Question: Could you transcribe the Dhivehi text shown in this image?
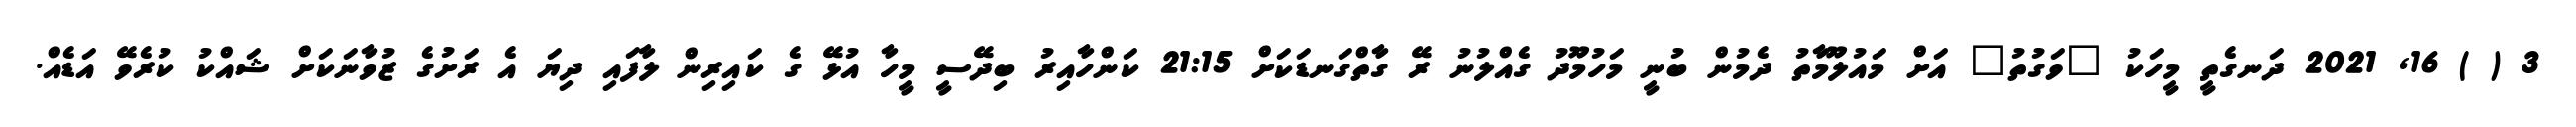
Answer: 3 ( ) 16, 2021 ދަނގެތީ މީހަކު "ވަގުތު" އަށް މައުލޫމާތު ދެމުން ބުނީ މަހުމޫދު ގެއްލުނު ރޭ ގާތްގަނޑަކަށް 21:15 ކަންހާއިރު ބިދޭސީ މީހާ އުޅޭ ގެ ކައިރިން ލާފައި ދިޔަ އެ ރަށުގެ ޒުވާނަކަށް ޝައްކު ކުރެވޭ އަޑެއް.